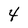
Character: 4